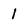
Character: I